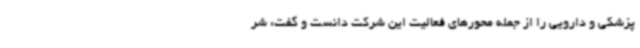
پزشکی و دارویی را از جمله محورهای فعالیت این شرکت دانست و گفت: شر